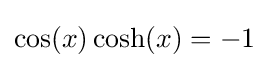
\cos(x)\cosh(x)=-1